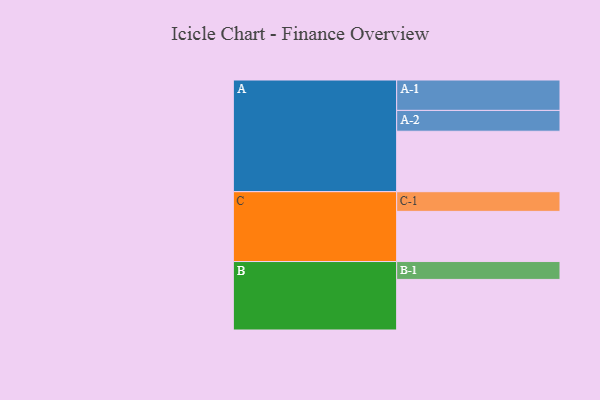
{"axis": {"x": "Segment", "y": "Value"}, "legend": ["", "A", "B", "C"], "data": [{"x": "A", "y": 575, "type": ""}, {"x": "B", "y": 481, "type": ""}, {"x": "C", "y": 477, "type": ""}, {"x": "A-1", "y": 289, "type": "A"}, {"x": "A-2", "y": 198, "type": "A"}, {"x": "B-1", "y": 170, "type": "B"}, {"x": "C-1", "y": 187, "type": "C"}]}